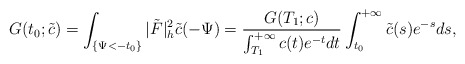
\begin{align*} G(t_0;\tilde{c})=\int_{\{\Psi<-t_0\}}|\tilde{F}|^2_h\tilde{c}(-\Psi)= \frac{G(T_1;c)}{\int_{T_1}^{+\infty}c(t)e^{-t}dt} \int_{t_0}^{+\infty}\tilde{c}(s)e^{-s}ds, \end{align*}